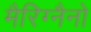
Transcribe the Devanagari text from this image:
मैरिग्नैनो